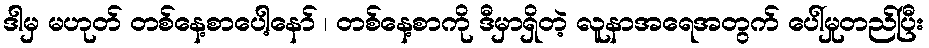
ဒါမှ မဟုတ် တစ်နေ့စာပေါ့နော် ၊ တစ်နေ့စာကို ဒီမှာရှိတဲ့ လူနာအရေအတွက် ပေါ်မှုတည်ပြီး